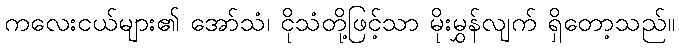
ကလေးငယ်များ၏ အော်သံ၊ ငိုသံတို့ဖြင့်သာ မိုးမွှန်လျက် ရှိတော့သည်။